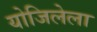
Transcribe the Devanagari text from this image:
योजिलेला